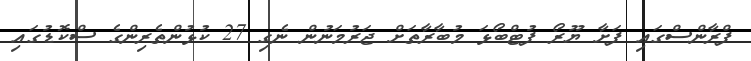
ފްރާންސްގައި ފަށާ ޔޫރޯ ފުޓްބޯޅަ މުބާރާތަށް ޖަރުމަނުން ނެގި 27 ކުޅުންތެރިންގެ ސްކޮޑުގައި